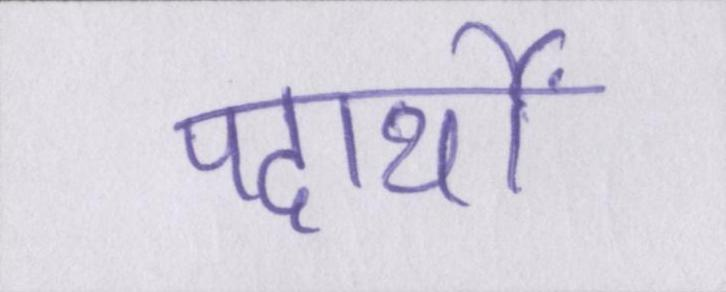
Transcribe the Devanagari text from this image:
पदार्थों